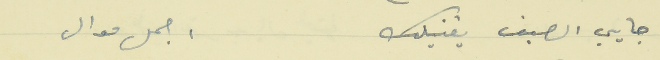
جايي الصيف يغنيلك                       اجمل موال